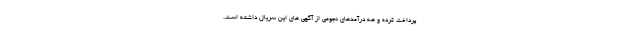
پرداخت کرده و هه درآمدهای نجومی از آگهی های این سریال داشته است.